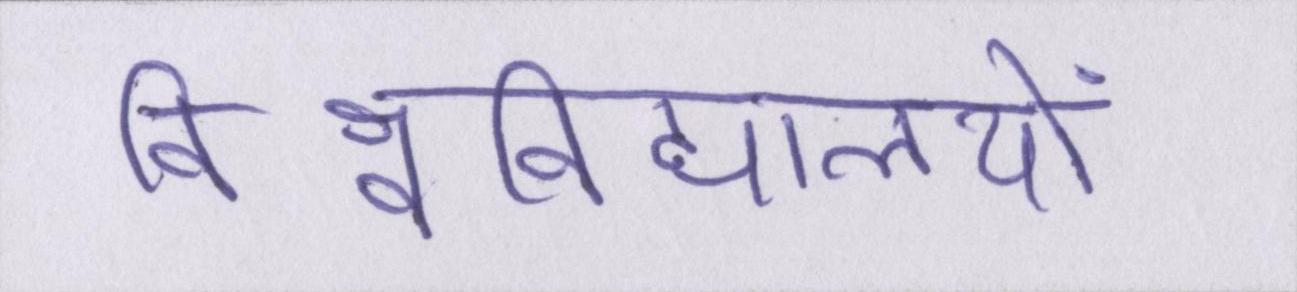
विश्वविद्यालयों